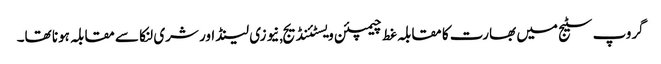
گروپ سٹیج میں بھارت کا مقابلہ غط چیمپئن ویسٹئنڈیج,نیوزی لینڈ اور شری لنکا سے مقابلہ ہونا تھا۔